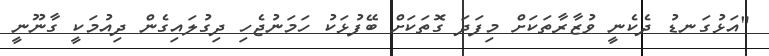
"އަޅުގަނޑު ދެކެނީ ވުޒާރާތަކަށް މިފަދަ ގޮތަކަށް ބޭފުޅަކު ހަމަނުޖެހި ދިގުލައިގެން ދިއުމަކީ ގާނޫނީ